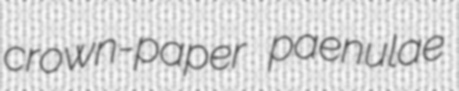
crown-paper paenulae